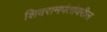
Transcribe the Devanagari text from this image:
शिवरामपंतांवरील